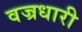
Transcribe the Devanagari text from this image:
वज्रधारी